Malaria in the Punjab - Number 46
Disease focus: Malaria
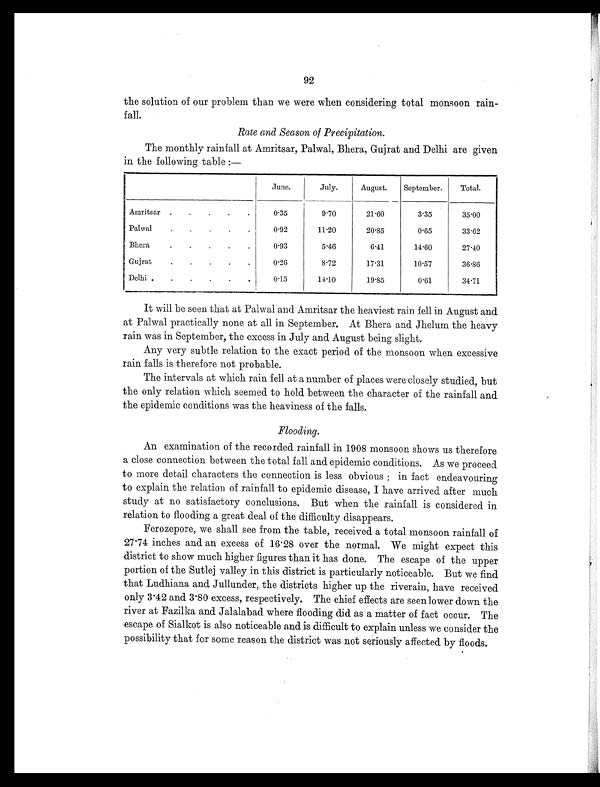
92
the solution of our problem than we were when considering total monsoon rain-
fall.
Rate and Season of Precipitation.
The monthly rainfall at Amritsar, Palwal, Bhera, Gujrat and Delhi are given
in the following table :—
June.
July.
August.
September.
Total.
Amritsar .
.
.
.
.
0.35
9.70
21.60
3.35
35.00
Palwal
.
.
.
.
.
0.92
11.20
20.85
0.65
33.62
Bhera
.
.
.
.
.
0.93
5.46
6.41
14.60
27.40
Gujrat
.
.
.
.
.
0.26
8.72
17.31
10.57
36.86
Delhi .
.
.
.
.
.
0.15
14.10
19.85
0.61
34.71
It will be seen that at Palwal and Amritsar the heaviest rain fell in August and
at Palwal practically none at all in September. At Bhera and Jhelum the heavy
rain was in September, the excess in July and August being slight.
Any very subtle relation to the exact period of the monsoon when excessive
rain falls is therefore not probable.
The intervals at which rain fell at a number of places were closely studied, but
the only relation which seemed to hold between the character of the rainfall and
the epidemic conditions was the heaviness of the falls.
Flooding.
An examination of the recorded rainfall in 1908 monsoon shows us therefore
a close connection between the total fall and epidemic conditions. As we proceed
to more detail characters the connection is less obvious ; in fact endeavouring
to explain the relation of rainfall to epidemic disease, I have arrived after much
study at no satisfactory conclusions. But when the rainfall is considered in
relation to flooding a great deal of the difficulty disappears.
Ferozepore, we shall see from the table, received a total monsoon rainfall of
27.74 inches and an excess of 16.28 over the normal. We might expect this
district to show much higher figures than it has done. The escape of the upper
portion of the Sutlej valley in this district is particularly noticeable. But we find
that Ludhiana and Jullunder, the districts higher up the riverain, have received
only 3.42 and 3.80 excess, respectively. The chief effects are seen lower down the
river at Fazilka and Jalalabad where flooding did as a matter of fact occur. The
escape of Sialkot is also noticeable and is difficult to explain unless we consider the
possibility that for some reason the district was not seriously affected by floods.